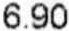
6.90